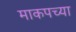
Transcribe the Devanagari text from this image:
माकपच्या